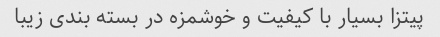
پیتزا بسیار با کیفیت و خوشمزه در بسته بندی زیبا